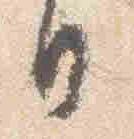
日